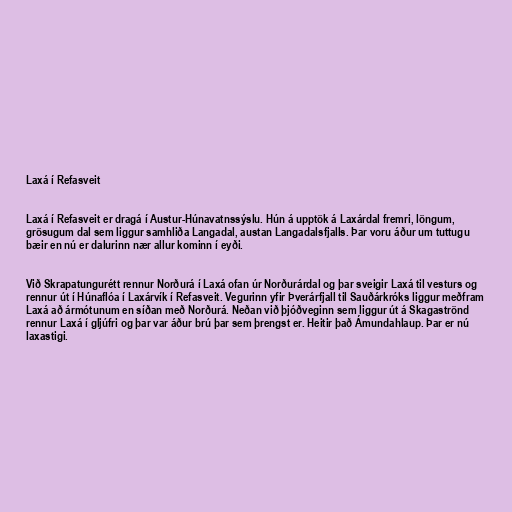
Laxá í Refasveit

Laxá í Refasveit er dragá í Austur-Húnavatnssýslu. Hún á upptök á Laxárdal fremri, löngum,
grösugum dal sem liggur samhliða Langadal, austan Langadalsfjalls. Þar voru áður um tuttugu
bæir en nú er dalurinn nær allur kominn í eyði.

Við Skrapatungurétt rennur Norðurá í Laxá ofan úr Norðurárdal og þar sveigir Laxá til vesturs og
rennur út í Húnaflóa í Laxárvík í Refasveit. Vegurinn yfir Þverárfjall til Sauðárkróks liggur meðfram
Laxá að ármótunum en síðan með Norðurá. Neðan við þjóðveginn sem liggur út á Skagaströnd
rennur Laxá í gljúfri og þar var áður brú þar sem þrengst er. Heitir það Ámundahlaup. Þar er nú
laxastigi.